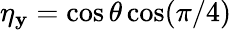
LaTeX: \eta_{\mathbf{y}}=\cos\theta\cos(\pi/4)